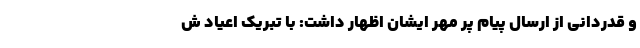
و قدردانی از ارسال پیام پر مهر ایشان اظهار داشت: با تبریک اعیاد ش